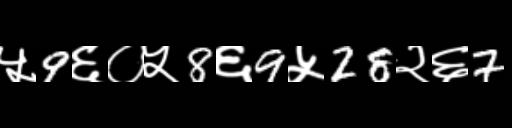
Text: ५9६०५8६9५28२६7